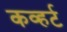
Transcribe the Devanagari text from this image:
कव्हर्ट